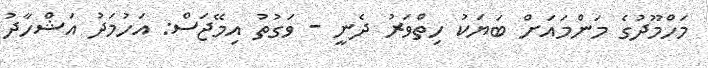
މަހްމޫދުގެ މަންމައަށް ބަޔަކު ހިތްވަރު ދެނީ - ވަގުތު އިމޭޖަސް: އަހުމަދު އަޝްހާދު